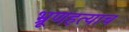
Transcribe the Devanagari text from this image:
भ्रूणहत्याच